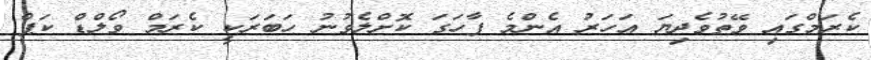
ކެރަމްގައި ވޭތުވެދިޔަ އަހަރު އެންމެ ފާހަގަ ކޮށްލެވުނު ހަބަރަކީ ކެރަމް ވޯލްޑް ކަޕް